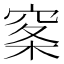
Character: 𰩏